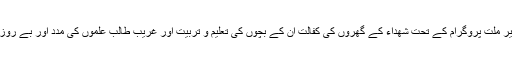
اقتصادی حوالے سے تعمیر ملت پروگرام کے تحت شھداء کے گھروں کی کفالت ان کے بچوں کی تعلیم و تربیت اور غریب طالب علموں کی مدد اور بے روزگار مومنین کی مدد کی ۔